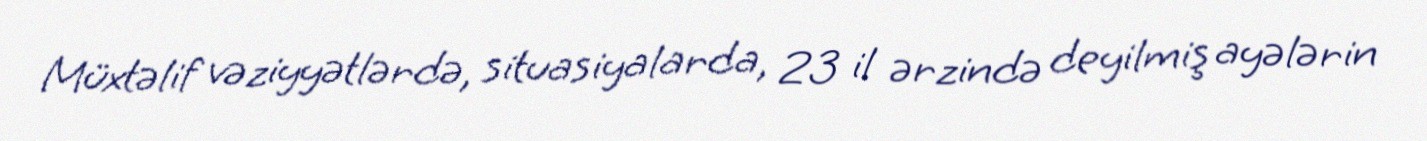
Müxtəlif vəziyyətlərdə, situasiyalarda, 23 il ərzində deyilmiş ayələrin